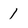
Character: 1